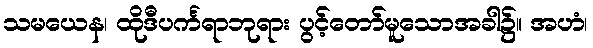
သမယေန၊ ထိုဒီပင်္ကရာဘုရား ပွင့်တော်မူသောအခါ၌။ အဟံ၊